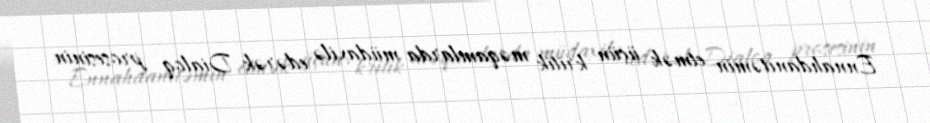
Ennahdanıtəmin etmək üçün kritik məqamlarda müdaxilə edərək Dialoq prosesinin